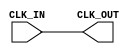
module clock_buffer (
    input wire CLK_IN,  // Input clock signal
    output wire CLK_OUT  // Buffered output clock signal
);

// Internal signal for clock buffering
wire clk_buf;

// Buffering the input clock signal
// A simple assignment can be replaced with a more complex buffering mechanism
assign clk_buf = CLK_IN;

// Output the buffered clock signal
assign CLK_OUT = clk_buf;

endmodule